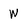
Character: W